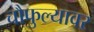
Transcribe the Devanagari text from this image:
चौफुल्यावर